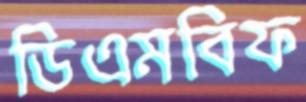
ডিএমবিফ